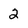
Character: 2